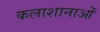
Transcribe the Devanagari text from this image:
कलाशानाओं